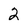
Character: 2